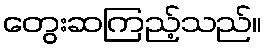
တွေးဆကြည့်သည်။